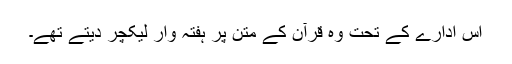
اس ادارے کے تحت وہ قرآن کے متن پر ہفتہ وار لیکچر دیتے تھے۔